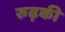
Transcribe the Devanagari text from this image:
रुढ़की